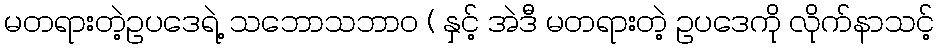
မတရားတဲ့ဥပဒေရဲ့ သဘောသဘာ၀ ( နှင့် အဲဒီ မတရားတဲ့ ဥပဒေကို လိုက်နာသင့်